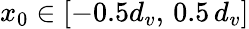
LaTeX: x_{0}\in[-0.5d_{v},\, 0.5\, d_{v}]